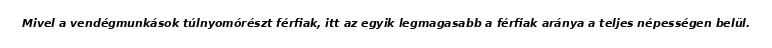
Mivel a vendégmunkások túlnyomórészt férfiak, itt az egyik legmagasabb a férfiak aránya a teljes népességen belül.